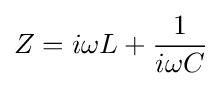
Z=i\omega L+{\frac {1}{i\omega C}}